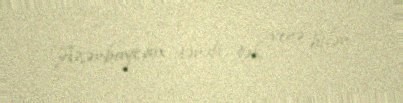
Azərbaycan tərəfi tək verə bilər.